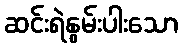
ဆင်းရဲနွမ်းပါးသော